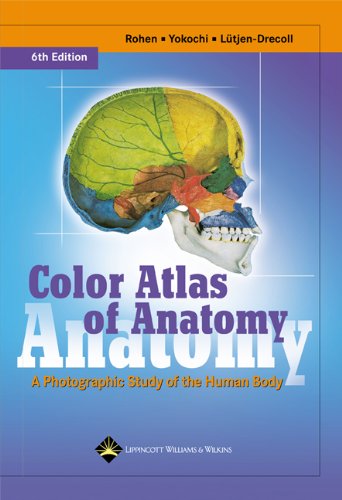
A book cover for Color Atlas of Anatomy: A Photographic Study of the Human Body (Color Atlas of Anatomy (Rohen)); Johannes W. Rohen MD; Medical Books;